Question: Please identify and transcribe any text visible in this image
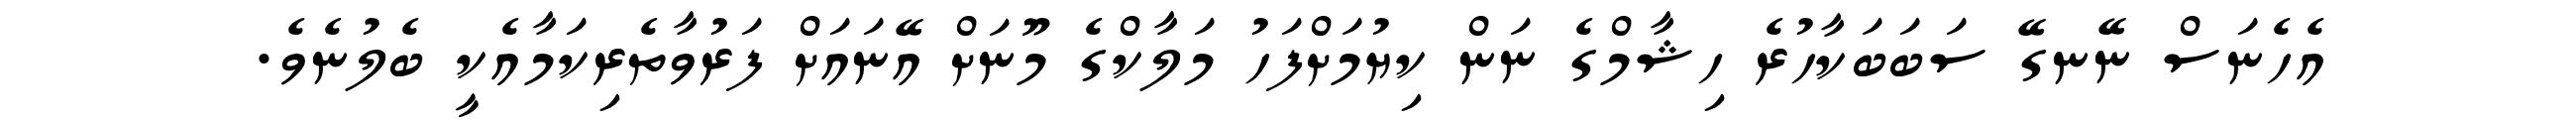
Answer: އެހެނަސް ނޭނގޭ ސަބަބަކާހުރެ ހިޝާމްގެ ނަން ކިޔުމަށްފަހު މަލާކްގެ މޫނަށް އޭނައަށް ފަރުވާތެރިކަމާއެކީ ބެލުނެވެ.